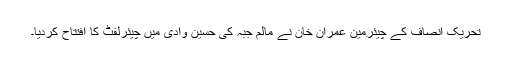
تحریک انصاف کے چیئرمین عمران خان نے مالم جبہ کی حسین وادی میں چیئرلفٹ کا افتتاح کردیا۔